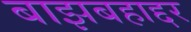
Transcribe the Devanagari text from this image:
बाझबहाद्दर